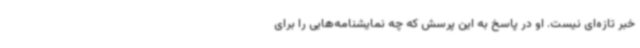
خبر تازه‌ای نیست. او در پاسخ به این پرسش که چه نمایشنامه‌هایی را برای